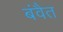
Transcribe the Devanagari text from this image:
बंवैत